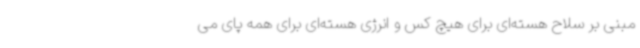
مبنی بر سلاح هسته‌ای برای هیچ کس و انرژی هسته‌ای برای همه پای می‌